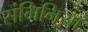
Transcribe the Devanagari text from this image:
संगिनियाँ